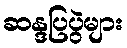
ဆန္ဒပြပွဲများ